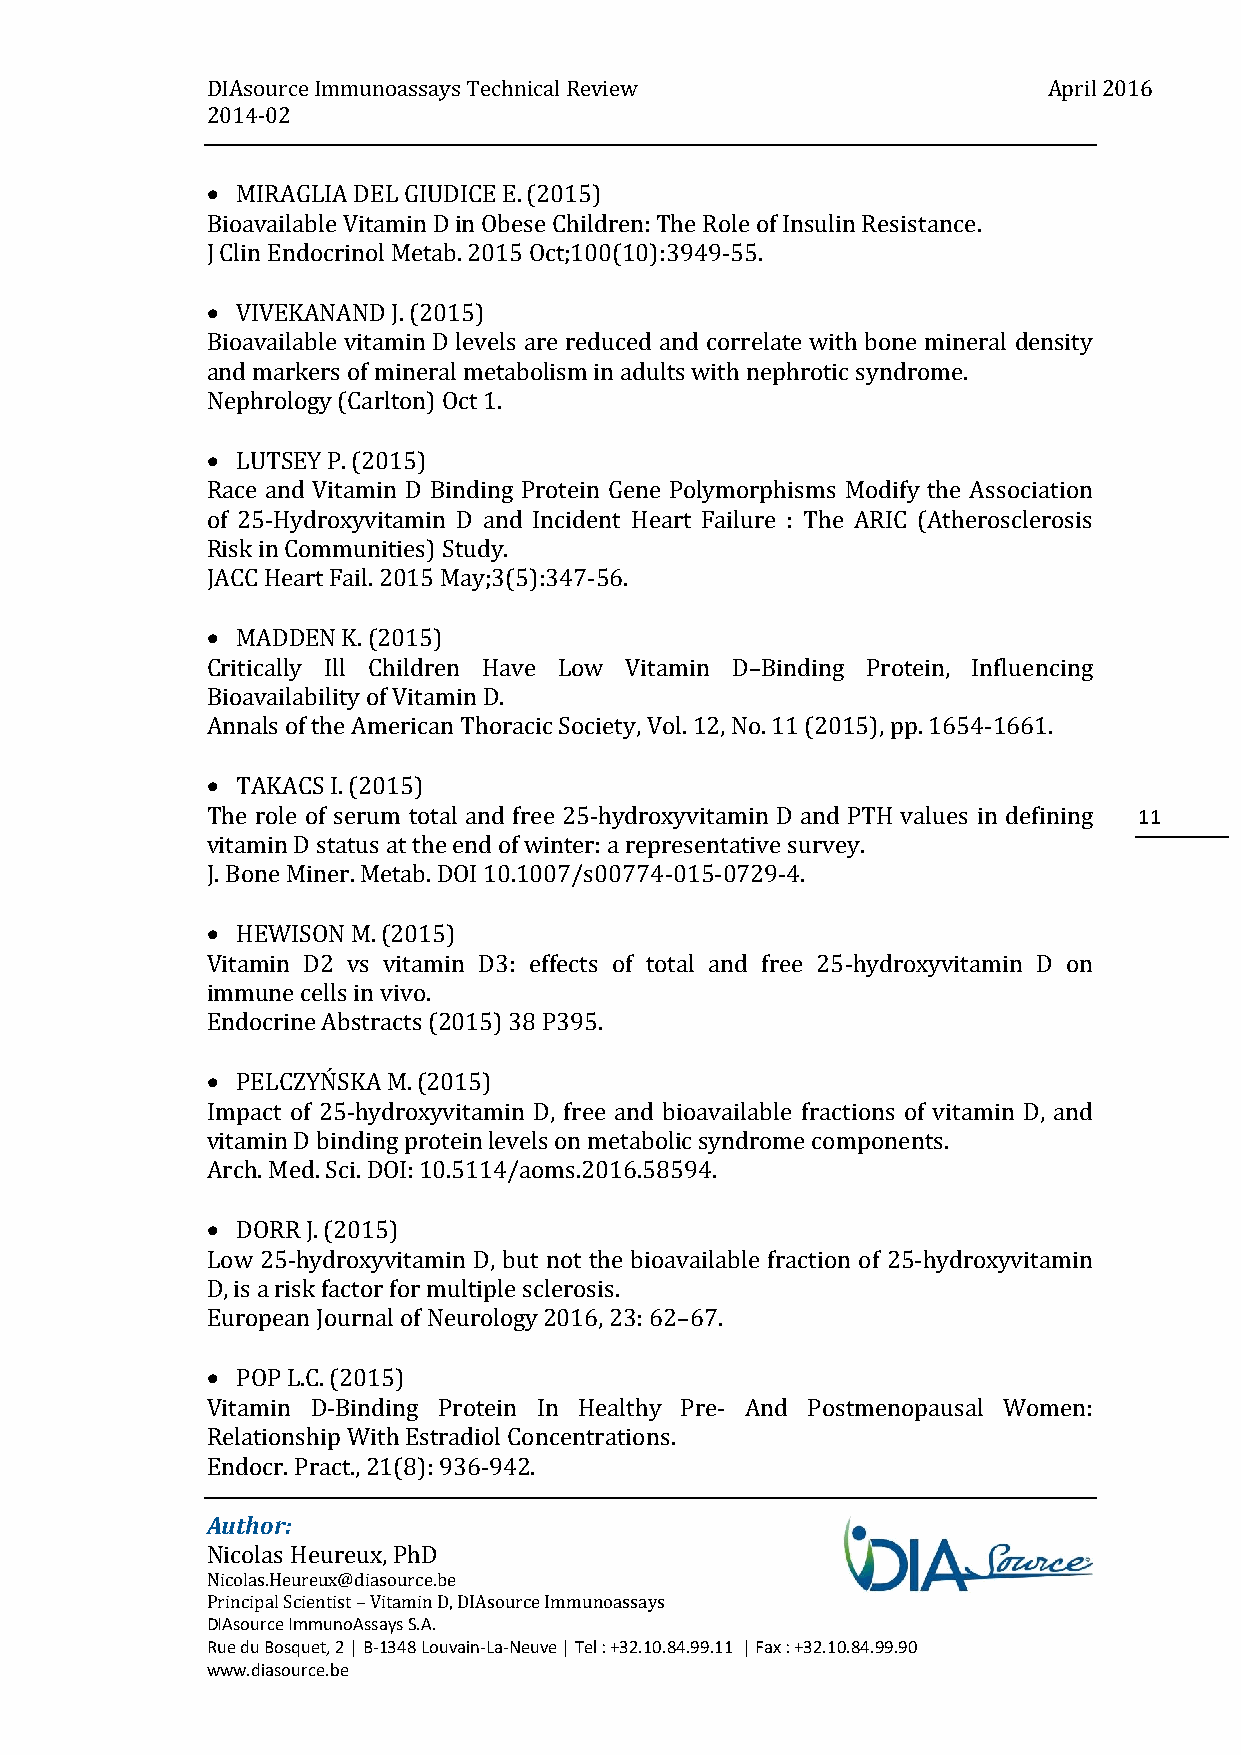
DIAsource Immunoassays Technical Review                April 2016
 2014-02
  MIRAGLIA DEL GIUDICE E. (2015)
 Bioavailable Vitamin D in Obese Children: The Role of Insulin Resistance.
 J Clin Endocrinol Metab. 2015 Oct;100(10):3949-55.
  VIVEKANAND J. (2015)
 Bioavailable vitamin D levels are reduced and correlate with bone mineral density
 and markers of mineral metabolism in adults with nephrotic syndrome.
 Nephrology (Carlton) Oct 1.
  LUTSEY P. (2015)
 Race and Vitamin D Binding Protein Gene Polymorphisms Modify the Association
 of 25-Hydroxyvitamin D and Incident Heart Failure : The ARIC (Atherosclerosis
 Risk in Communities) Study.
 JACC Heart Fail. 2015 May;3(5):347-56.
  MADDEN K. (2015)
 Critically Ill Children Have Low Vitamin D–Binding Protein, Influencing
 Bioavailability of Vitamin D.
 Annals of the American Thoracic Society, Vol. 12, No. 11 (2015), pp. 1654-1661.
  TAKACS I. (2015)
 The role of serum total and free 25-hydroxyvitamin D and PTH values in defining 11
 vitamin D status at the end of winter: a representative survey.
 J. Bone Miner. Metab. DOI 10.1007/s00774-015-0729-4.
  HEWISON M. (2015)
 Vitamin D2 vs vitamin D3: effects of total and free 25-hydroxyvitamin D on
 immune cells in vivo.
 Endocrine Abstracts (2015) 38 P395.
  PELCZYŃSKA M. (2015)
 Impact of 25-hydroxyvitamin D, free and bioavailable fractions of vitamin D, and
 vitamin D binding protein levels on metabolic syndrome components.
 Arch. Med. Sci. DOI: 10.5114/aoms.2016.58594.
  DORR J. (2015)
 Low 25-hydroxyvitamin D, but not the bioavailable fraction of 25-hydroxyvitamin
 D, is a risk factor for multiple sclerosis.
 European Journal of Neurology 2016, 23: 62–67.
  POP L.C. (2015)
 Vitamin D-Binding Protein In Healthy Pre- And Postmenopausal Women:
 Relationship With Estradiol Concentrations.
 Endocr. Pract., 21(8): 936-942.
 Author:
 Nicolas Heureux, PhD
 Nicolas.Heureux@diasource.be
 Principal Scientist – Vitamin D, DIAsource Immunoassays
 DIAsource ImmunoAssays S.A.
 Rue du Bosquet, 2 | B-1348 Louvain-La-Neuve | Tel : +32.10.84.99.11 | Fax : +32.10.84.99.90
 www.diasource.be